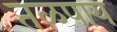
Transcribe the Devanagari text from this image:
तळपाय